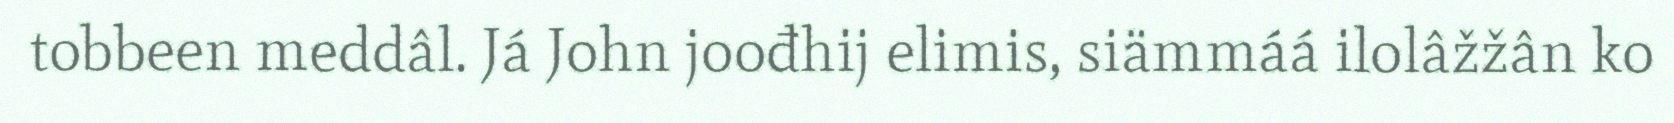
tobbeen meddâl. Já John joođhij elimis, siämmáá ilolâžžân ko